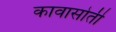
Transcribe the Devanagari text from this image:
कावासोती